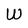
Character: W